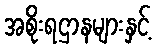
အစိုးရဌာနများနှင့်